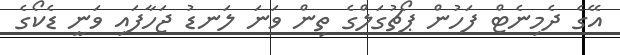
އޭގެ ދެމިނެޓް ފަހުން ޕޯޗުގަލްގެ ތިން ވަނަ ލަނޑު ޖަހާފައި ވަނީ ޑެކޯގެ